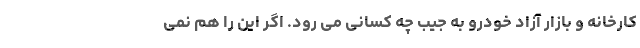
کارخانه و بازار آزاد خودرو به جیب چه کسانی می رود. اگر این را هم نمی